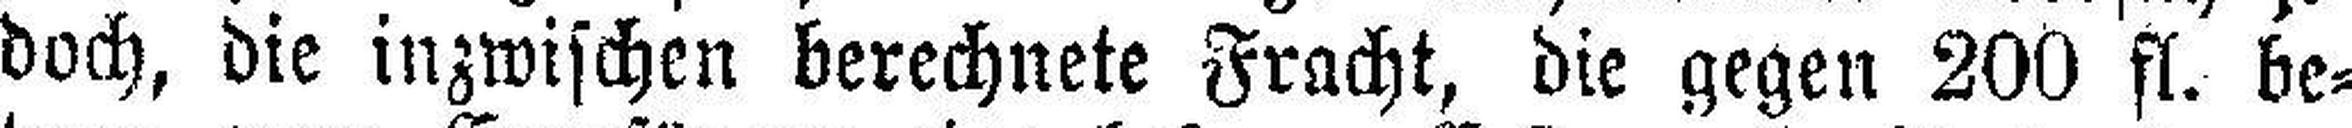
doch, die inzwischen berechnete Fracht, die gegen 200 fl. be¬